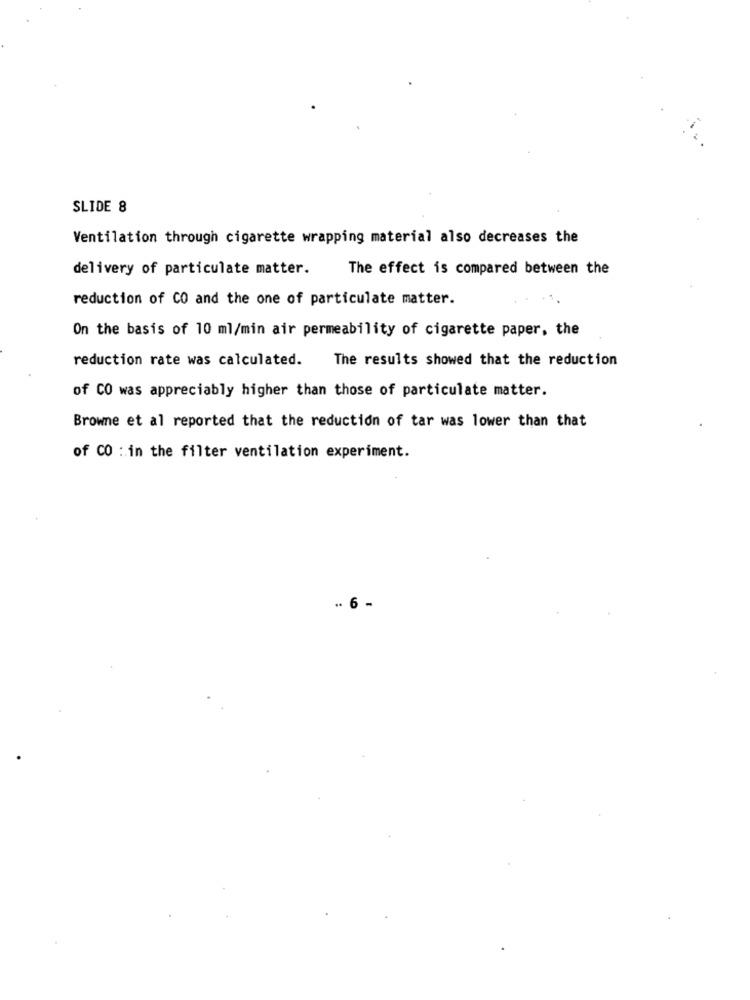
SLIDE 8
Ventilation through cigarette wrapping material also decreases the
delivery of particulate matter.
The effect is compared between the
reduction of CO and the one of particulate matter.
On the basis of 10 ml/min air permeability of cigarette paper, the
reduction rate was calculated.
The results showed that the reduction
of CO was appreciably higher than those of particulate matter.
Browne et al reported that the reduction of tar was lower than that
of CO : in the filter ventilation experiment.
.. 6 -